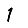
Digit: 1